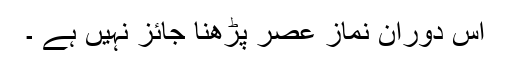
اس دوران نماز عصر پڑھنا جائز نہیں ہے ۔